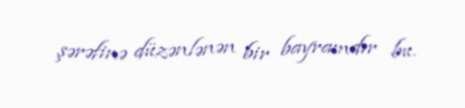
şərəfinə düzənlənən bir bayramdır bu.